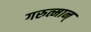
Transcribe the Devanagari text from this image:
गरुत्मान्